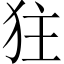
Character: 㹥